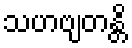
သဟဗျတန္တိ